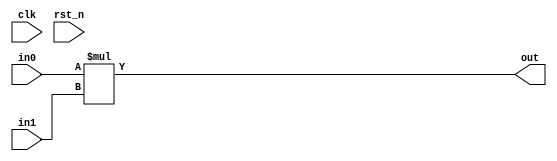
module multi(in0,in1,clk,rst_n,out);
parameter N=8;
input [N-1:0]in0,in1;
input clk,rst_n;
output[2*N-1:0]out;
//wire [2*N-1:0]out_blk;
//wire [N-1:0]in0_block,in1_block;
//DFF block1(clk,rst_n,in0,in0_block);
//DFF block2(clk,rst_n,in1,in1_block);
//DFF out_block(clk,rst_n,out_blk,out);
assign out=in0*in1;
//assign out_blk=in0_block*in1_block;

endmodule